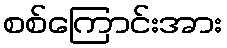
စစ်ကြောင်းအား